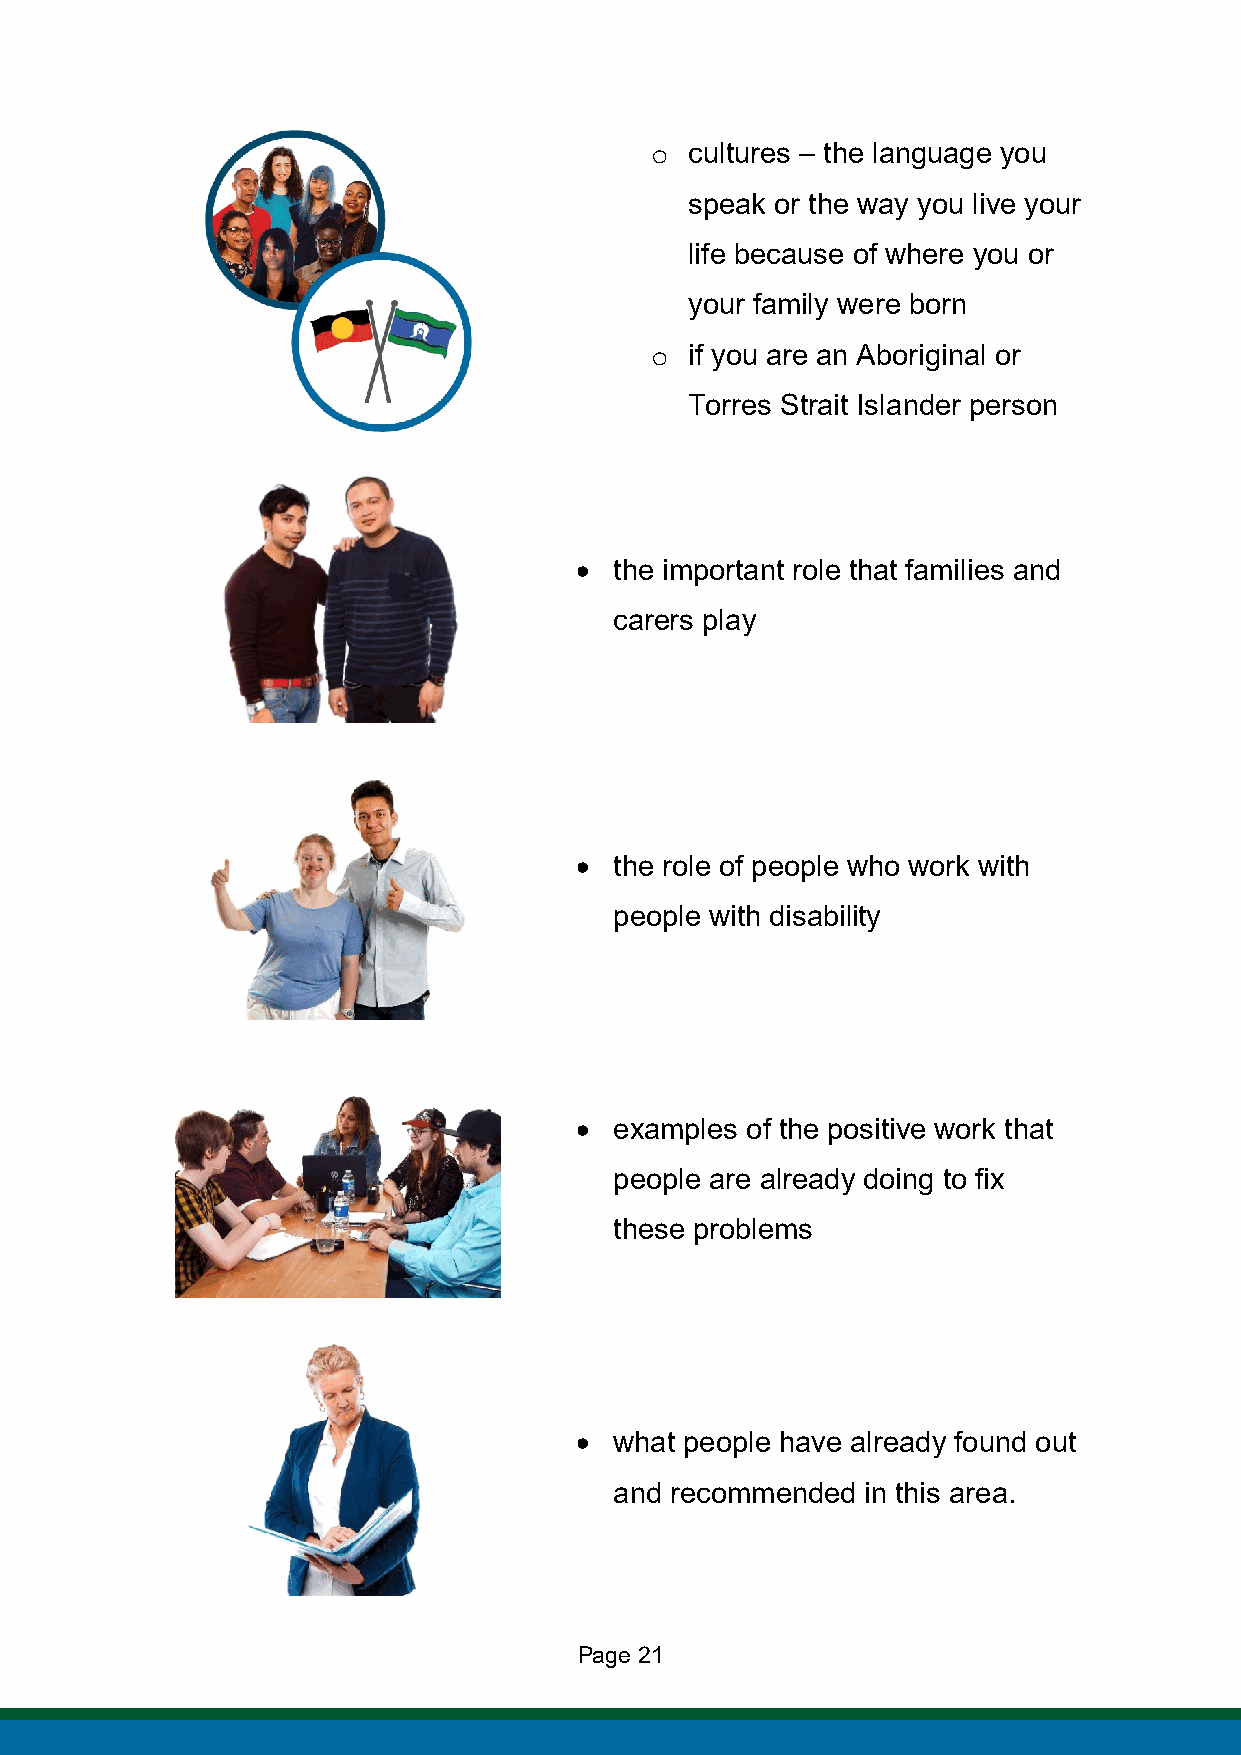
cultures – the language you
 o
 speak or the way you live your
 life because of where you or
 your family were born
 if you are an Aboriginal or
 o
 Torres Strait Islander person
 •  the important role that families and
 carers play
 •  the role of people who work with
 people with disability
 •  examples of the positive work that
 people are already doing to fix
 these problems
 •  what people have already found out
 and recommended in this area.
 Page 21